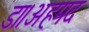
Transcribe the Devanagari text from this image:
डा।अहमद